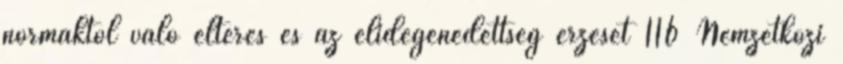
normáktól való eltérés és az elidegenedettség érzését 116 Nemzetközi